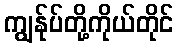
ကျွန်ုပ်တို့ကိုယ်တိုင်